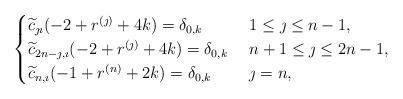
LaTeX: \begin{align*}\begin{cases}\widetilde{c}_{\jmath\imath}(-2+r^{(\jmath)}+4k)=\delta_{0, k}&\ 1\leq \jmath\leq n-1,\\\widetilde{c}_{2n-\jmath, \imath}(-2+r^{(\jmath)}+4k)=\delta_{0, k}&\ n+1\leq \jmath\leq 2n-1,\\\widetilde{c}_{n, \imath}(-1+r^{(n)}+2k)=\delta_{0, k}&\ \jmath=n,\\\end{cases} \end{align*}